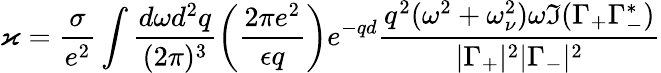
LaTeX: \varkappa=\frac{\sigma}{e^{2}}\int\frac{d\omega d^{2}q}{(2\pi)^{3}}\left(\frac{2\pi e^{2}}{\epsilon q}\right)e^{-qd}\frac{q^{2}(\omega^{2}+\omega_{\nu}^{2})\omega\Im(\Gamma_{+}\Gamma_{-}^{*})}{|\Gamma_{+}|^{2}|\Gamma_{-}|^{2}}